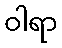
ဝါရာ